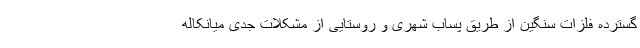
گسترده فلزات سنگین از طریق پساب شهری و روستایی از مشکلات جدی میانکاله